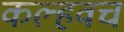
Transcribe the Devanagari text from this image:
कल्हवच